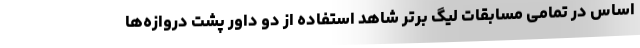
اساس در تمامی مسابقات لیگ برتر شاهد استفاده از دو داور پشت دروازه‌ها